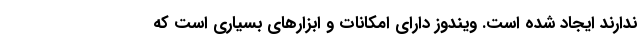
ندارند ایجاد شده است. ویندوز دارای امکانات و ابزارهای بسیاری است که